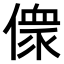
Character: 𠍸